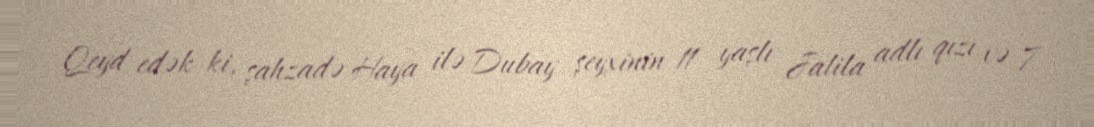
Qeyd edək ki, şahzadə Haya ilə Dubay şeyxinin 11 yaşlı Jalila adlı qızı və 7